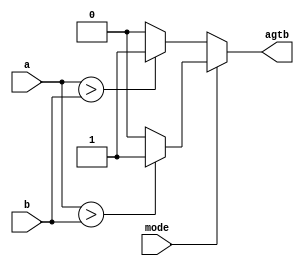
// This program was cloned from: https://github.com/AngeloJacobo/FPGA_Book_Experiments
// License: MIT License

`timescale 1ns / 1ps

module dual_comparator(
	input[7:0] a,b,
	input mode,
	output signed agtb
    );
	 wire signed [7:0] a_signed,b_signed; ///storage for signed operation
	 wire[7:0] a_unsigned,b_unsigned; //storage for unsigned operation
	 
	 assign a_signed=a,
				 b_signed=b,
				 a_unsigned=a,
				 b_unsigned=b;
 
	 
	 assign agtb=mode? ((a_signed>b_signed)?1:0) : ((a_unsigned>b_unsigned)?1:0);
				


endmodule